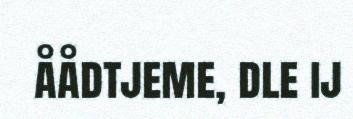
åådtjeme, dle ij